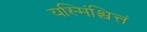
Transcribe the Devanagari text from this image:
यस्मिंश्चित्तं